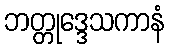
ဘတ္တုဒ္ဒေသကာနံ